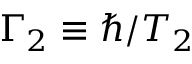
\Gamma _ { 2 } \equiv \hbar / T _ { 2 }